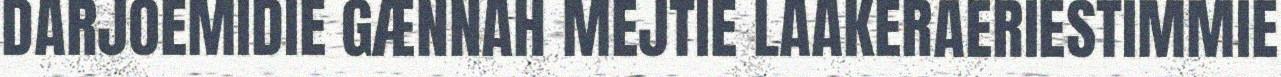
DARJOEMIDIE GÆNNAH MEJTIE LAAKERAERIESTIMMIE